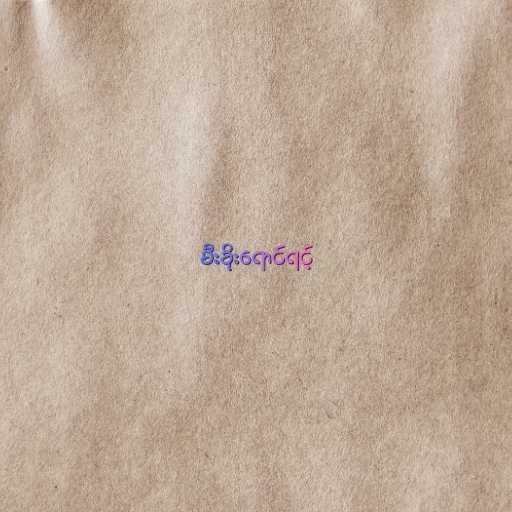
မီးခိုးရောင်ရင့်